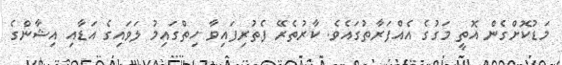
މަޑުކޮށްގެން އޮތީ މަގުގެ އެއްފަރާތުގައެވެ. ކާރުތެރޭ ފެތުރިފައިވާ ހިތްގައިމު ލަވައިގެ އަޑާއި އިޝާންގެ